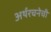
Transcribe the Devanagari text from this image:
अर्थरचनेची